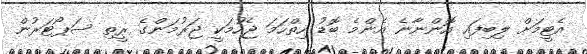
އެޓީމަށް ލިބިފައި އޮންނާނެ އެންމެ ބޮޑު ހިތްހަމަ ޖެހުމަކީ ޖަރުމަންގެ ރީތި ސަޕޯޓަރުން